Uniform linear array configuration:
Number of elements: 12
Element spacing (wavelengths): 0.75
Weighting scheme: blackman
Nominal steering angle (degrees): -15
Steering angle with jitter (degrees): -16.228
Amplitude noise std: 0.05
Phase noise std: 0.05

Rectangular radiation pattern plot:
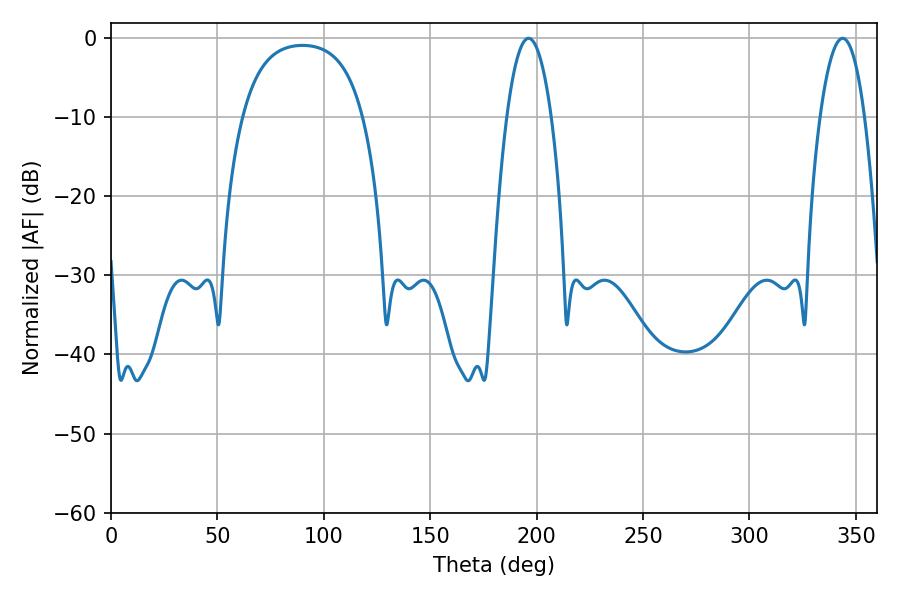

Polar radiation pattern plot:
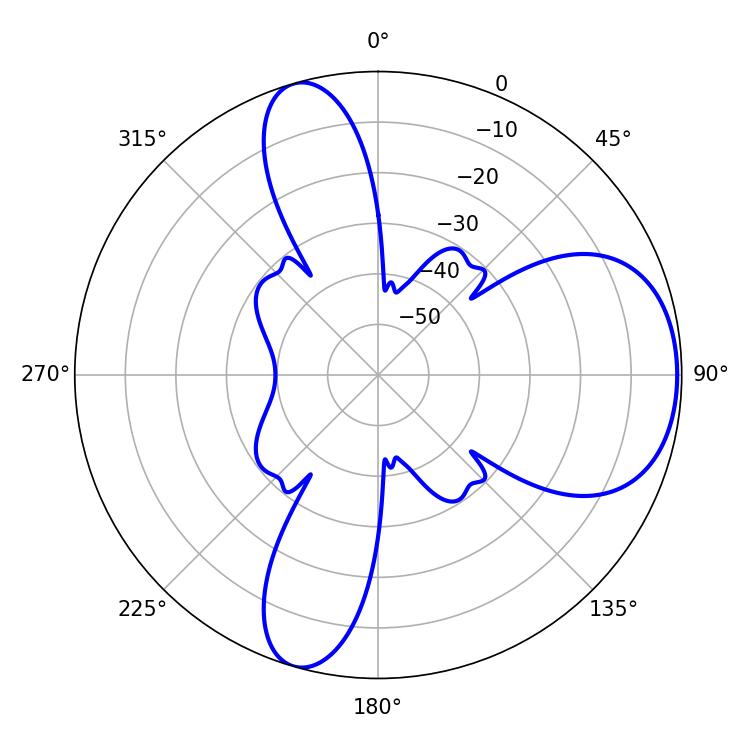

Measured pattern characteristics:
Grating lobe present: TRUE
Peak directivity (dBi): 6.877
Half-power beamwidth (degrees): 11.7
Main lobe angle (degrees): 343.8